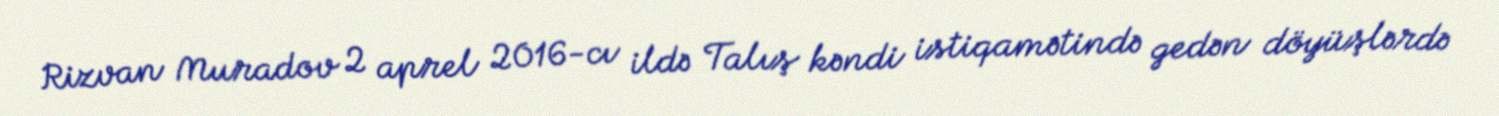
Rizvan Muradov 2 aprel 2016-cı ildə Talış kəndi istiqamətində gedən döyüşlərdə